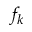
f _ { k }